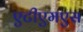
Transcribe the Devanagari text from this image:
एटीएमएस